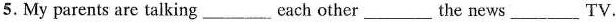
5. My parents are talking___each other ___the news___TV.